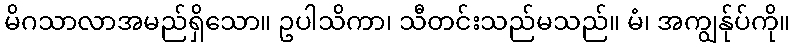
မိဂသာလာအမည်ရှိသော။ ဥပါသိကာ၊ သီတင်းသည်မသည်။ မံ၊ အကျွန်ုပ်ကို။